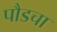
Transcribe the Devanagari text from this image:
पौडचा